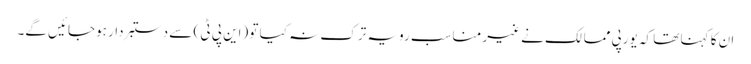
ان کا کہنا تھا کہ یورپی ممالک نے غیر مناسب رویہ ترک نہ کیا تو (این پی ٹی ) سے دستبردار ہوجائیں گے۔